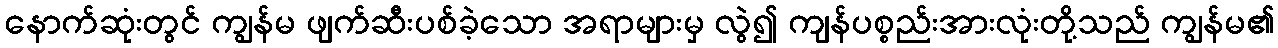
နောက်ဆုံးတွင် ကျွန်မ ဖျက်ဆီးပစ်ခဲ့သော အရာများမှ လွဲ၍ ကျန်ပစ္စည်းအားလုံးတို့သည် ကျွန်မ၏